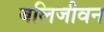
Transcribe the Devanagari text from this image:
बलिजीवन